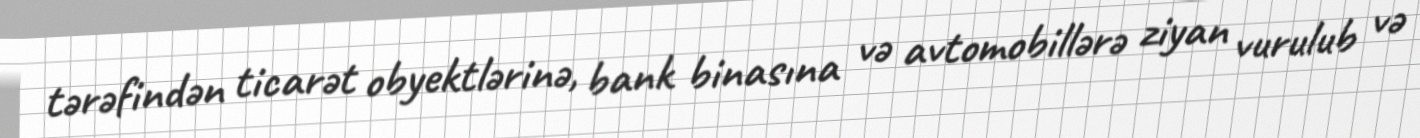
tərəfindən ticarət obyektlərinə, bank binasına və avtomobillərə ziyan vurulub və